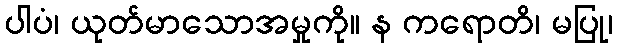
ပါပံ၊ ယုတ်မာသောအမှုကို။ န ကရောတိ၊ မပြု၊